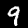
Label: 9